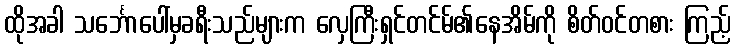
ထိုအခါ သင်္ဘောပေါ်မှခရီးသည်များက လှေကြီးရှင်တင်မ်၏နေအိမ်ကို စိတ်ဝင်တစား ကြည့်